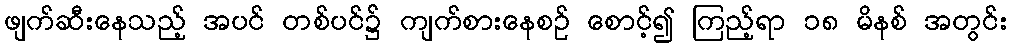
ဖျက်ဆီးနေသည့် အပင် တစ်ပင်၌ ကျက်စားနေစဉ် စောင့်၍ ကြည့်ရာ ၁၈ မိနစ် အတွင်း